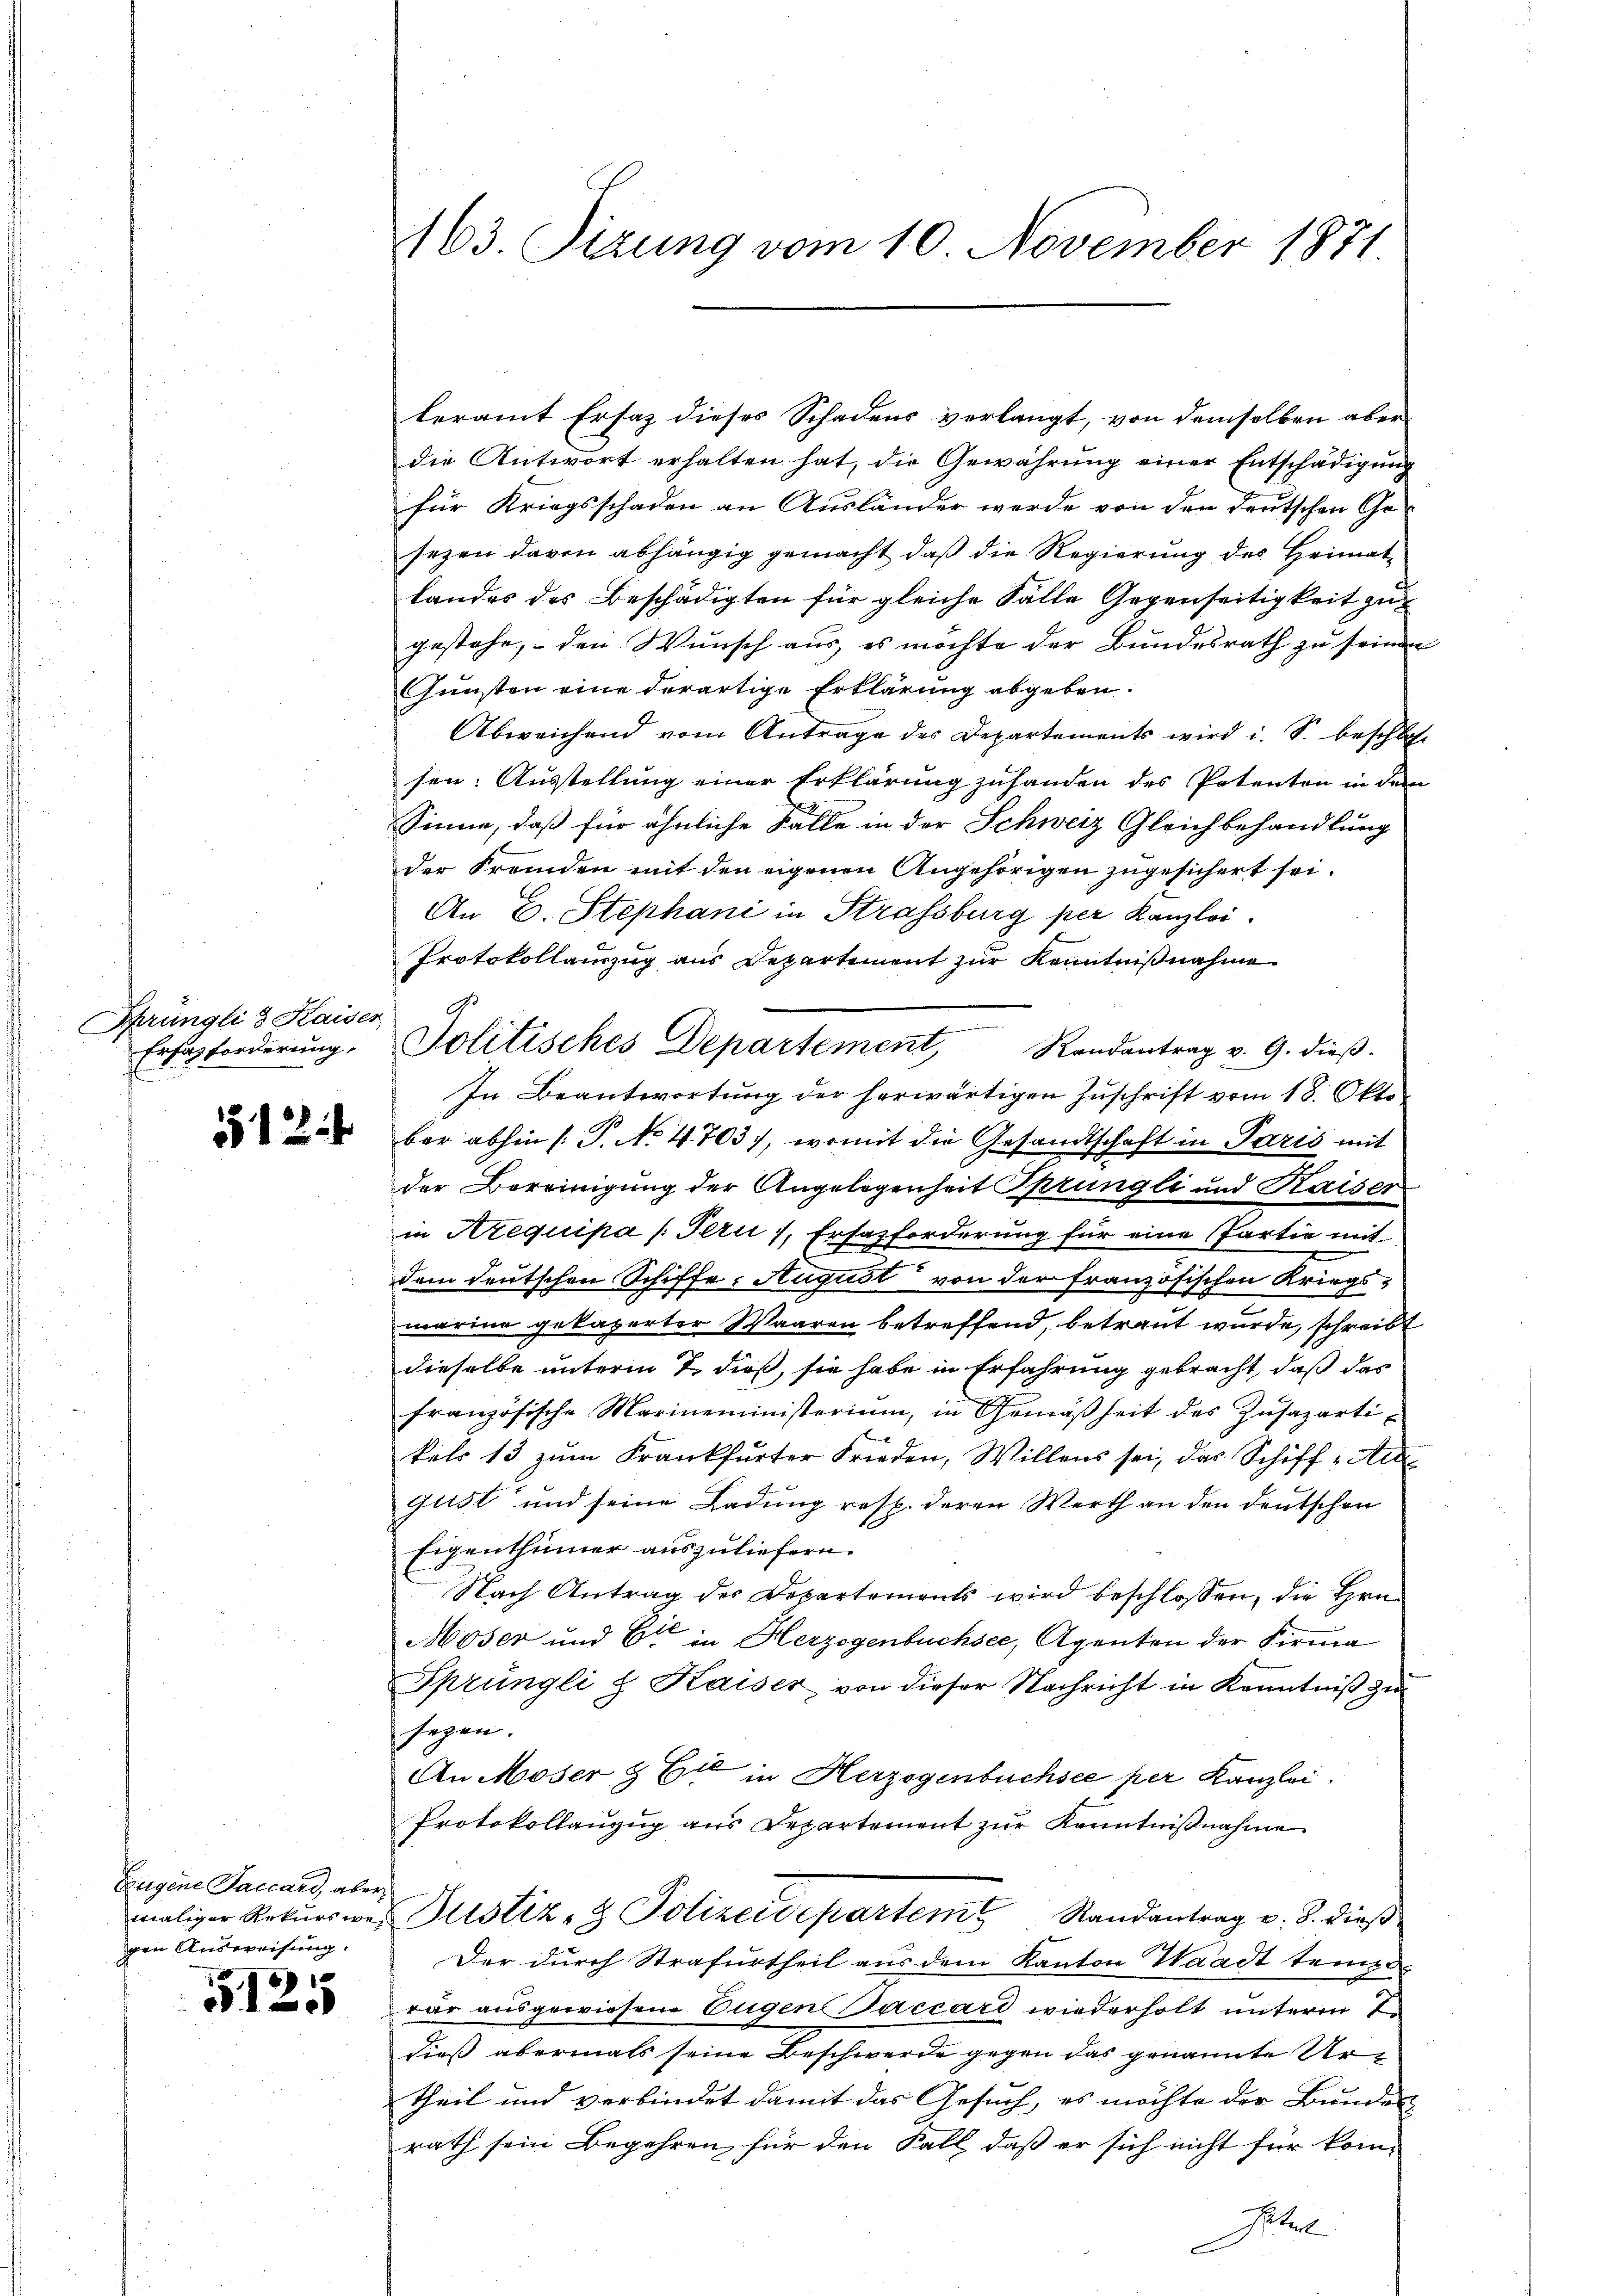
Sprüngli & Kaiser
Erfahforderung.

512

Eugene Faccard, aber
gen Ausweisung.

e
1

163. Tizung vom 10. November 1871.

teramt Ersatz dieses Schadens verlangt, von demselben aber
die Antwort erhalten hat, die Gewährŭng einer Entschädigŭng
für Kriegsschaden an Ausländer werde von den deutschen Gesezen davon abhängig gemacht, daß die Regierung des Heimat-
landes des Beschädigten für gleiche Fälle Gegenseitigkeit zu
gestehe, den Wunsch aus, es möchte der Bundesrath zu seinen
Gunsten eine derartige Erklärung abgeben.
Abweichend vom Antrage des Departements wird i. S. beschlos
sen: Ausstellung einer Erklärung zuhanden des Petenten in dem
Sinne, daß für ähnliche Fälle in der Schweiz Gleichbehandlung
der Fremden mit den eigenen Angehörigen zugesichert sei.
An E. Stephani in Strassburg per Kanzlei.
Protokollauszug aus Departement zur Kenntnißnahme
In Beantwortŭng der herwärtigen Zŭschrift vom 18. Okto
bar abhin (T. No 4703), womit die Gesandtschaft in Paris mit
der Bereinigung der Angelegenheit Sprüngli und Kaiser
in Arequipa /: Fern), Ersazforderung für eine Partie mit
dem deutschen Schiffe, August von der französischen Kriegsmarine gekaperter Waaren betreffend, betraut wurde, schreibt
dieselbe unterm 7. dieß, sie habe in Erfahrung gebracht, daß das
französische Marineministerium, in Gemäßheit des Zusazarti-
kels 13 zum Frankfurter Frieden, Willens sei, das Schiff „Aid
Glist und seine Ladung resp. deren Werth an den deutschen
Eigenthümer auszuliefern.
Nach Antrag der Departements wird beschlossen, die Hrn.
Moser und Er in Herzogenbüchsee, Agenten der Firma
Sprüngli J. Kaiser, von dieser Nachricht in Kenntniß zu
segen.
An Moser & Cie in Herzogenbuchsee per Kanzlei.
Protokollanzug aus Departement zur Kenntnißnahme
maliger Rekŭrs wer Justiz- & Polizeidepartem Randantrag u. 3. dieß
Der durch Strafurtheil aus dem Kanton Waadt tempo
rar ausgewiesene Eugen Paccard wiederholt unterm Te
dieß abermals seine Beschwerde gegen das genannte Urtheil und verbindet damit das Gesuch, es möchte der Bunden
rath sein Begehren für den Fall, daß er sich nicht für kom-
Gebet

Politisches Departement, Randantrag v. 9. dieβ.